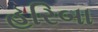
હરિબા